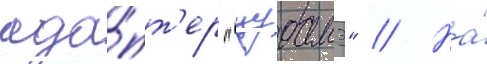
ада́пт'ер "цубамэ" // На́